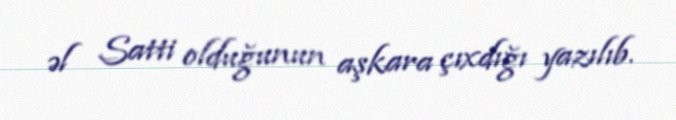
əl Satti olduğunun aşkara çıxdığı yazılıb.